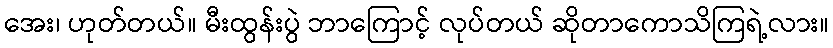
အေး၊ ဟုတ်တယ်။ မီးထွန်းပွဲ ဘာကြောင့် လုပ်တယ် ဆိုတာကောသိကြရဲ့လား။